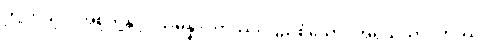
ဤကုသိုလ်အစုတို့နှင့်။ သမန္နာဂတဿ၊ ပြည့်စုံသော။ အရိယသာဝကဿ၊